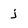
Character: j